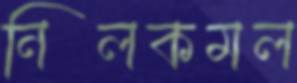
নিলকমল